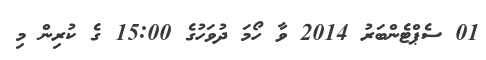
01 ސެޕްޓެންބަރު 2014 ވާ ހޯމަ ދުވަހުގެ 15:00 ގެ ކުރިން މި